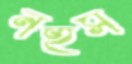
নহুস